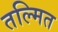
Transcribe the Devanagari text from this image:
तल्मित